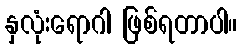
နှလုံးရောဂါ ဖြစ်ရတာပါ။